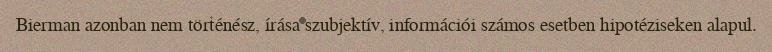
Bierman azonban nem történész, írása szubjektív, információi számos esetben hipotéziseken alapul.